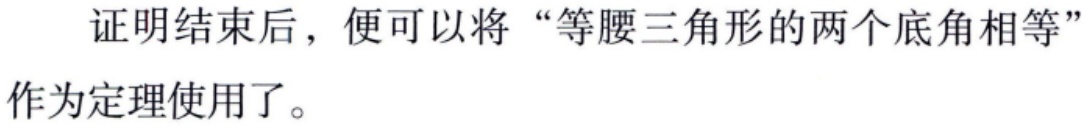
证明结束后，便可以将“等腰三角形的两个底角相等”作为定理使用了。